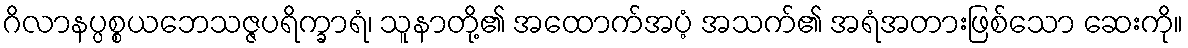
ဂိလာနပ္ပစ္စယဘေသဇ္ဇပရိက္ခာရံ၊ သူနာတို့၏ အထောက်အပံ့ အသက်၏ အရံအတားဖြစ်သော ဆေးကို။